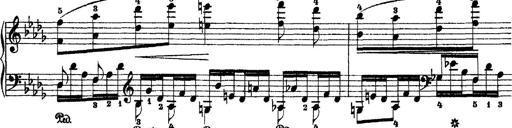
Title: 2 KonzertetÃ¼den
Composer: Franz Liszt